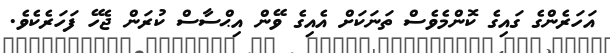
އަހަރެންގެ ގައިގެ ކޮންމެވެސް ތަނަކަށް އެއިގެ ވޭން އިޙްސާސް ކުރަން ޖެހޭ ފަހަރެކެވެ.